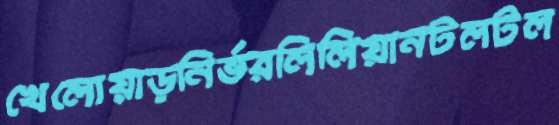
খেলোয়াড়নির্ভরলিলিয়ানটলটল